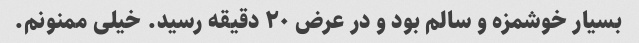
بسیار خوشمزه و سالم بود و در عرض ۲۰ دقیقه رسید. خیلی ممنونم.